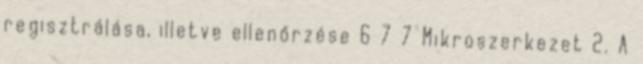
regisztrálása, illetve ellenőrzése 6 7 7 Mikroszerkezet 2. A